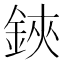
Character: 鋏